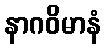
နာဂဝိမာနံ